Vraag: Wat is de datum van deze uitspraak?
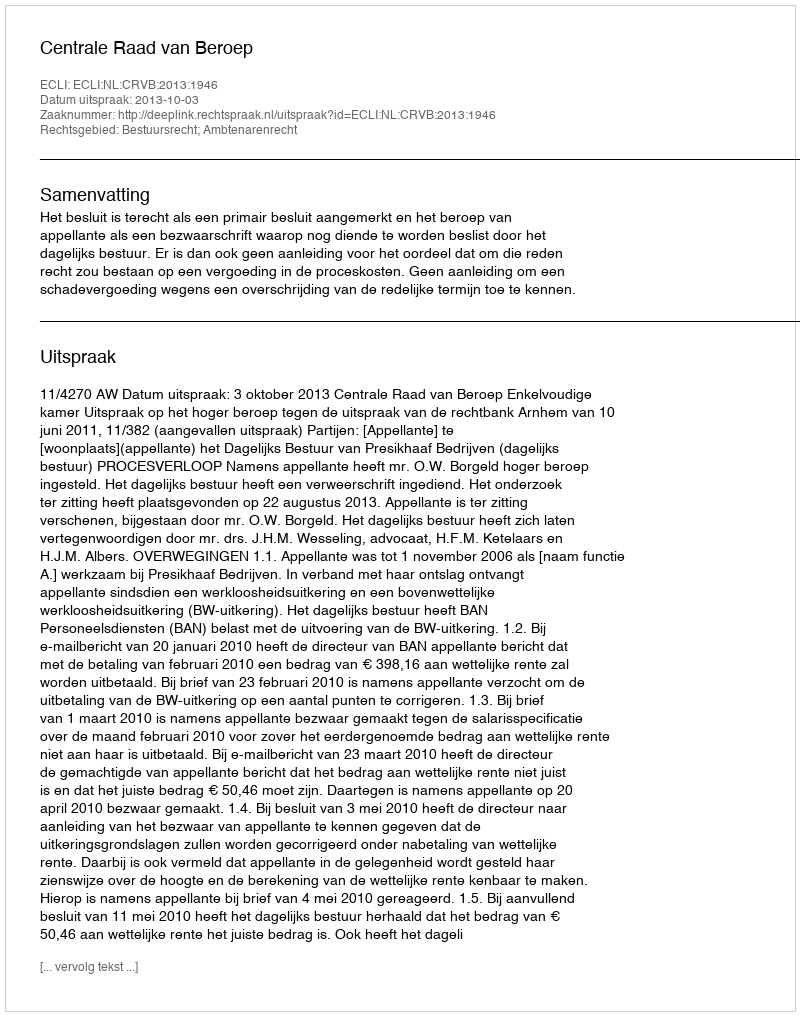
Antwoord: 2013-10-03